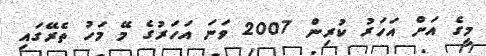
މީގެ އަށް އަހަރު ކުރިން 2007 ވަނަ އަހަރުގެ މޭ މަހު ތެރޭގައި